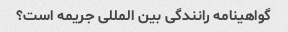
گواهینامه رانندگی بین المللی جریمه است؟